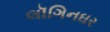
લૉગિનઘર